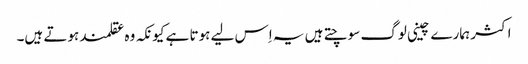
اکثر ہمارے چینی لوگ سوچتے ہیں یہ اِس لیے ہوتا ہے کیونکہ وہ عقلمند ہوتے ہیں۔